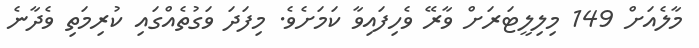
މާލެއަށް 149 މިލިލީޓަރަށް ވާރޭ ވެހިފައިވާ ކަމަށެވެ. މިފަަދަ ވަގުތެއްގައި ކުރިމަތި ވެދާނެ